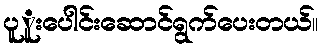
ပူူးပေါင်းဆောင်ရွက်ပေးတယ်။